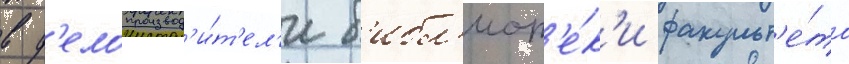
в д'елопроизвод'и́т'ел'и б'ибл'иот'е́к'и факульт'е́та